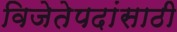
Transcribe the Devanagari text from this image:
विजेतेपदांसाठी